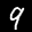
Label: 9